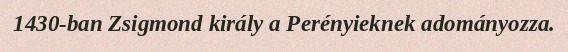
1430-ban Zsigmond király a Perényieknek adományozza.